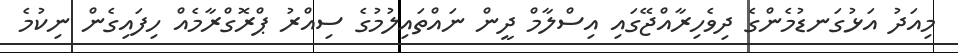
މިއަދު އަޅުގަނޑުމެންގެ ދިވެހިރާއްޖޭގައި އިސްލާމް ދީން ނައްތައިލުމުގެ ސިއްރު ޕްރޮގްރާމެއް ހިފައިގެން ނިކުމެ